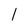
Character: l